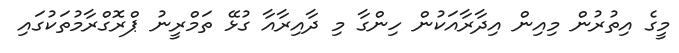
މީގެ އިތުރުން މިއިން އިދާރާއަކުން ހިންގާ މި ދާއިރާއާ ގުޅޭ ތަމްރީނު ޕްރޮގްރާމުތަކުގައި